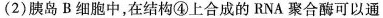
(2)胰岛B细胞中，在结构④上合成的RNA聚合酶可以通